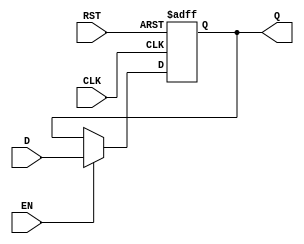
`timescale 1ns / 1ps

module Register #(parameter WIDTH = 4)(
    input [WIDTH-1:0] D,
    input CLK,EN,RST,
    output reg [WIDTH-1:0] Q
    );
    always @(posedge CLK or posedge RST) begin
        if(RST) Q<=0;
        else if(EN) Q<=D;
    end
endmodule